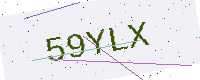
Text: 59YLX